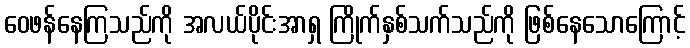
ဝေဖန်နေကြသည်ကို အလယ်ပိုင်းအာရှ ကြိုက်နှစ်သက်သည်ကို ဖြစ်နေသောကြောင့်